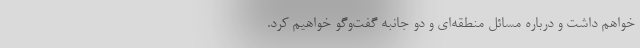
خواهم داشت و درباره مسائل منطقه‌ای و دو جانبه گفت‌وگو خواهیم کرد.